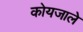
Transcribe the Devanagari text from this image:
कोयजाले